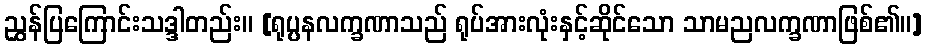
ညွှန်ပြကြောင်းသဒ္ဒါတည်း။ [ရုပ္ပနလက္ခဏာသည် ရုပ်အားလုံးနှင့်ဆိုင်သော သာမညလက္ခဏာဖြစ်၏။]